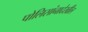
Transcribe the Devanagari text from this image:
पोलिसांनादेखील